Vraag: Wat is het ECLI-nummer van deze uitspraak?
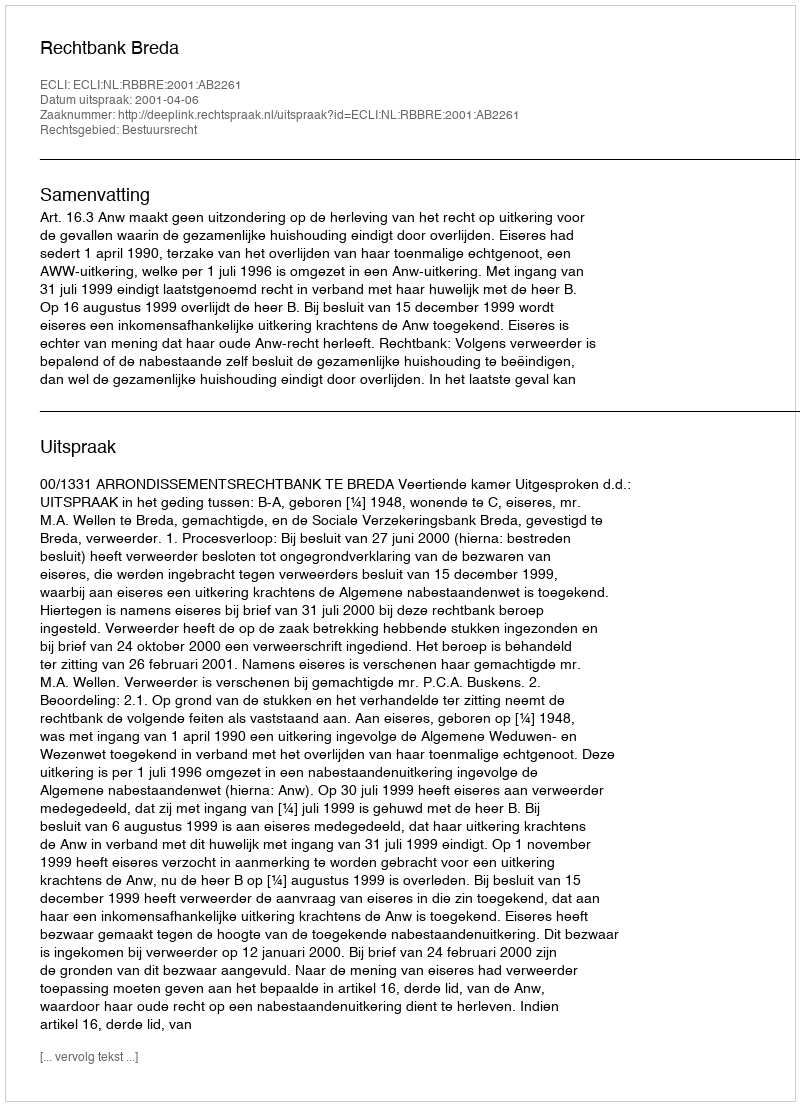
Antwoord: ECLI:NL:RBBRE:2001:AB2261